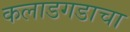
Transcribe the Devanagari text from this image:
कलाडगडाचा